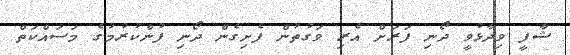
ޝާފީ ވިދާޅުވީ ދޯނި ފަރަށް އެރި ވަގުތުން ފެށިގެން ދޯނި ފުންކުރުމުގެ މަސައްކަތް